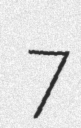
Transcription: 7